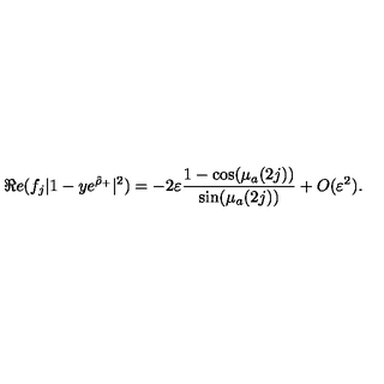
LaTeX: \Re e ( f _ { j } | 1 - y e ^ { \hat { \rho } _ { + } } | ^ { 2 } ) = - 2 \varepsilon \frac { 1 - \cos ( \mu _ { a } ( 2 j ) ) } { \sin ( \mu _ { a } ( 2 j ) ) } + O ( \varepsilon ^ { 2 } ) .